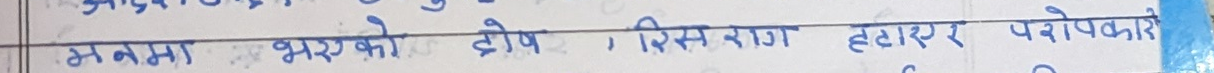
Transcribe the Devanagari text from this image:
मनमा भरिएको द्वेष, रिस, राग हटाएर परोपकारी